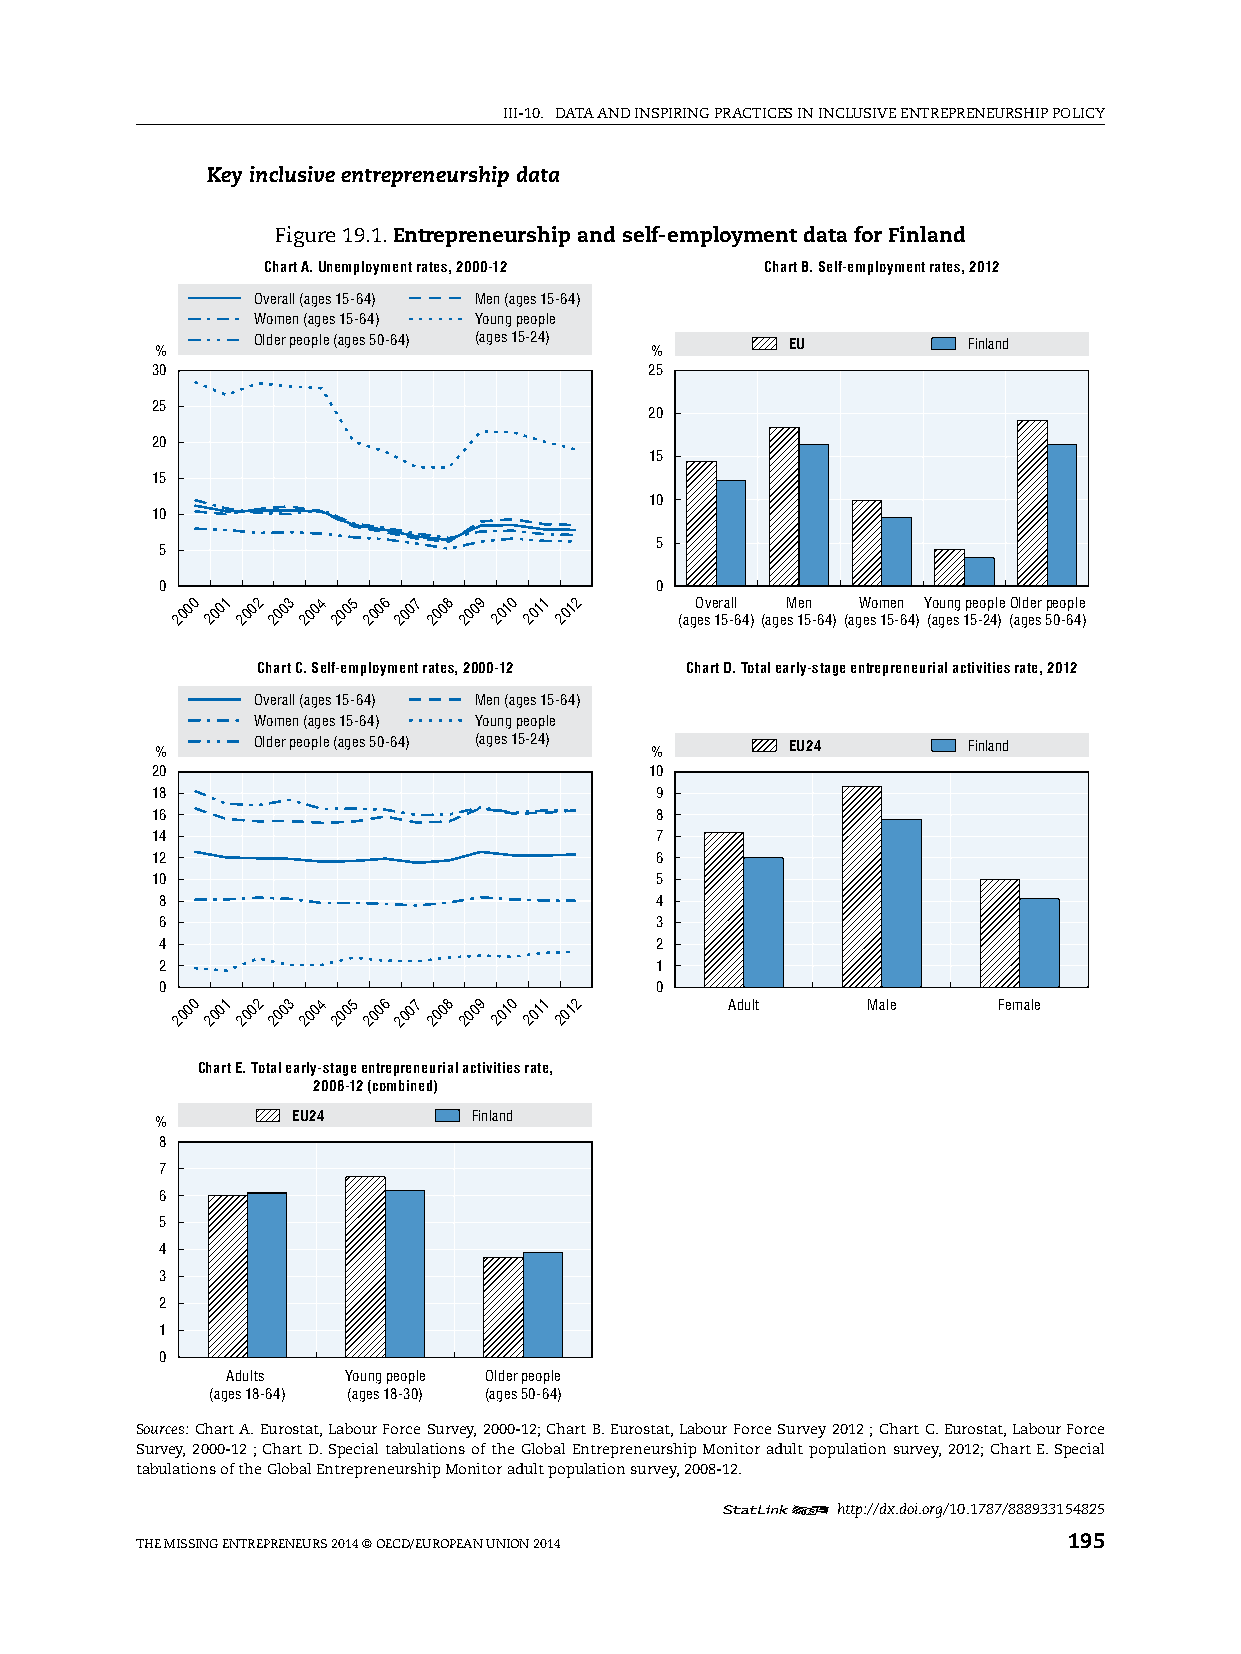
iii-10. DATA AnD inspiring prACTiCes in inClusive enTrepreneurship pOliCy
 Key inclusive entrepreneurship data
 Figure 19.1. Entrepreneurship and self-employment data for Finland
 Chart A. Unemployment rates, 2000-12 Chart B. Self-employment rates, 2012
 Overall (ages 15-64) Men (ages 15-64)
 Women (ages 15-64) Young people
 Older people (ages 50-64) (ages 15-24) EU      Finland
 %                                %
 30                               25
 25
 20
 20
 15
 15
 10
 10
 5
 5
 0                               0
 2000 2001 2002 2003 2004 2005 2006 2007 2008 2009 2010 2011 2012 (agO esv e 1r 5a -ll 64)(ageM
 s
 1e 5n
 -64)
 (agW eso m 15e -n 64)Y (ao gu en sg 1p 5e -o 2p 4l )e (O al gd ee sr 5p 0eo -6p 4le
 )
 Chart C. Self-employment rates, 2000-12 Chart D. Total early-stage entrepreneurial activities rate, 2012
 Overall (ages 15-64) Men (ages 15-64)
 Women (ages 15-64) Young people
 Older people (ages 50-64) (ages 15-24) EU24    Finland
 %                                %
 20                               10
 18                               9
 16                               8
 14                               7
 12                               6
 10                               5
 8                               4
 6                               3
 4                               2
 2                               1
 0                               0
 2000 2001 2002 2003 2004 2005 2006 2007 2008 2009 2010 2011 2012 Adult Male Female
 Chart E. Total early-stage entrepreneurial activities rate,
 2008-12 (combined)
 EU24        Finland
 %
 8
 7
 6
 5
 4
 3
 2
 1
 0
 Adults  Young people Older people
 (ages 18-64) (ages 18-30) (ages 50-64)
 Sources: Chart A. eurostat, labour Force survey, 2000-12; Chart B. eurostat, labour Force survey 2012 ; Chart C. eurostat, labour Force
 survey, 2000-12 ; Chart D. special tabulations of the global entrepreneurship Monitor adult population survey, 2012; Chart e. special
 tabulations of the global entrepreneurship Monitor adult population survey, 2008-12.
 12     http://dx.doi.org/10.1787/888933154825
 The Missing enTrepreneurs 2014 © OeCD/eurOpeAn uniOn 2014     195